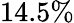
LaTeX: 14.5\%